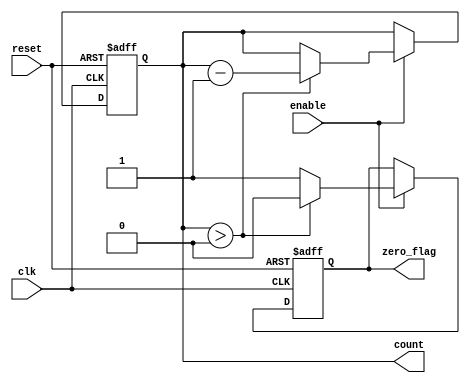
module MemoryBlocksDownCounter (
    input wire clk,            // Clock input
    input wire reset,          // Asynchronous reset input
    input wire enable,         // Enable signal for counting
    output reg [3:0] count,    // Current count value (4 bits)
    output reg zero_flag       // Zero flag output
);

    // Initial count value
    parameter INITIAL_VALUE = 4'b1111; // Starting from 15

    // Asynchronous reset and counting logic
    always @(posedge clk or posedge reset) begin
        if (reset) begin
            count <= INITIAL_VALUE; // Reset to initial value
            zero_flag <= 1'b0;      // Clear zero flag
        end else if (enable) begin
            if (count > 0) begin
                count <= count - 1;  // Decrement count
                zero_flag <= 1'b0;    // Clear zero flag
            end else begin
                zero_flag <= 1'b1;    // Set zero flag when count reaches zero
            end
        end
    end

endmodule